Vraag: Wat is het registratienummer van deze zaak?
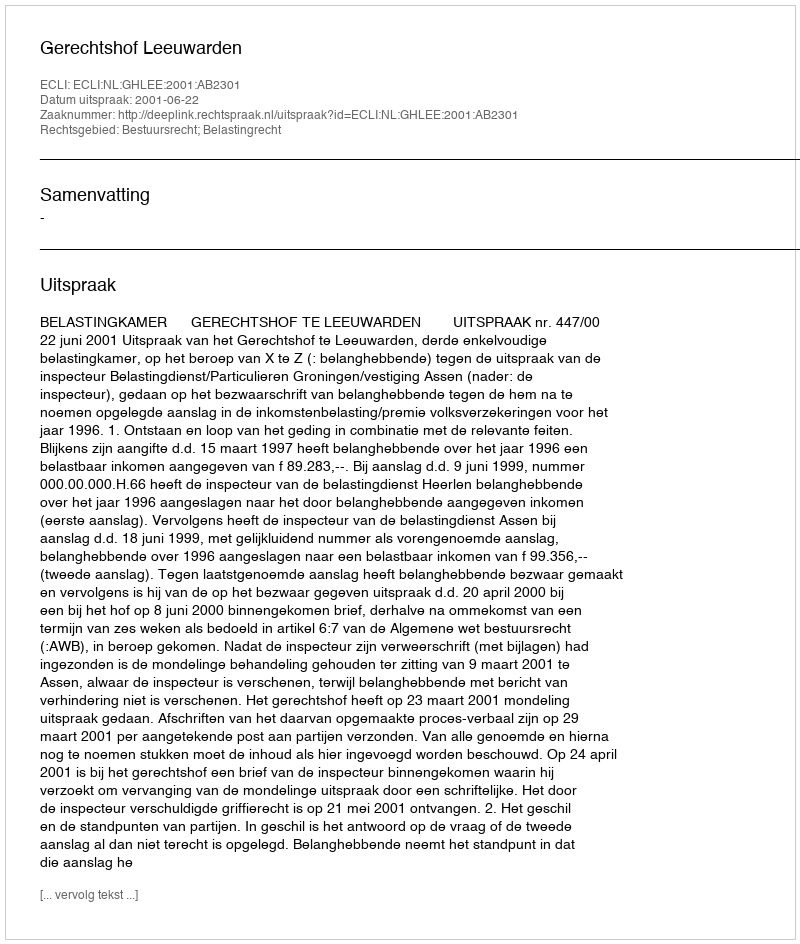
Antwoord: http://deeplink.rechtspraak.nl/uitspraak?id=ECLI:NL:GHLEE:2001:AB2301